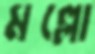
মল্লো